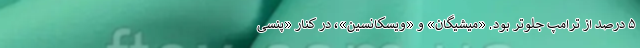
۵ درصد از ترامپ جلوتر بود. «میشیگان» و «ویسکانسین»، در کنار «پنسی